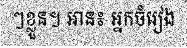
ៗខ្លួន។ អាន៖ អ្នកចំរៀង